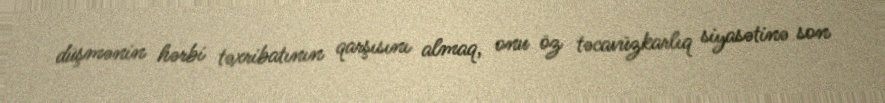
düşmənin hərbi təxribatının qarşısını almaq, onu öz təcavüzkarlıq siyasətinə son